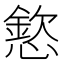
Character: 𢡮